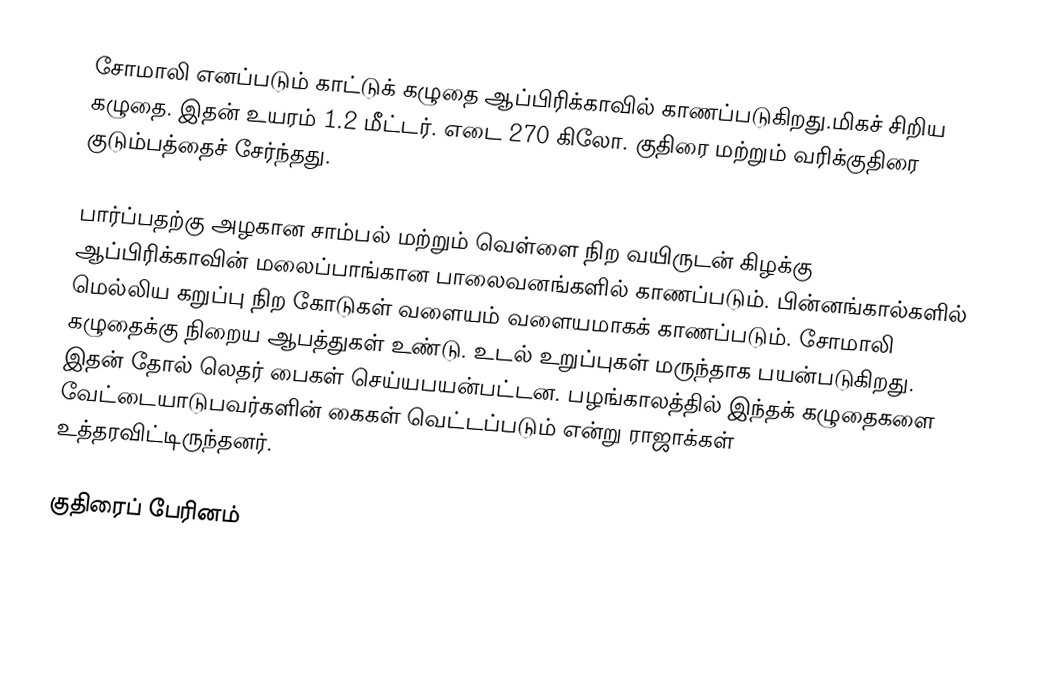
சோமாலி எனப்படும் காட்டுக் கழுதை ஆப்பிரிக்காவில் காணப்படுகிறது.மிகச் சிறிய கழுதை. இதன் உயரம் 1.2 மீட்டர். எடை 270 கிலோ. குதிரை மற்றும் வரிக்குதிரை குடும்பத்தைச் சேர்ந்தது.

பார்ப்பதற்கு அழகான சாம்பல் மற்றும் வெள்ளை நிற வயிருடன் கிழக்கு ஆப்பிரிக்காவின் மலைப்பாங்கான பாலைவனங்களில் காணப்படும். பின்னங்கால்களில் மெல்லிய கறுப்பு நிற கோடுகள் வளையம் வளையமாகக் காணப்படும். சோமாலி கழுதைக்கு நிறைய ஆபத்துகள் உண்டு. உடல் உறுப்புகள் மருந்தாக பயன்படுகிறது. இதன் தோல் லெதர் பைகள் செய்யபயன்பட்டன. பழங்காலத்தில் இந்தக் கழுதைகளை வேட்டையாடுபவர்களின் கைகள் வெட்டப்படும் என்று ராஜாக்கள் உத்தரவிட்டிருந்தனர்.

குதிரைப் பேரினம்